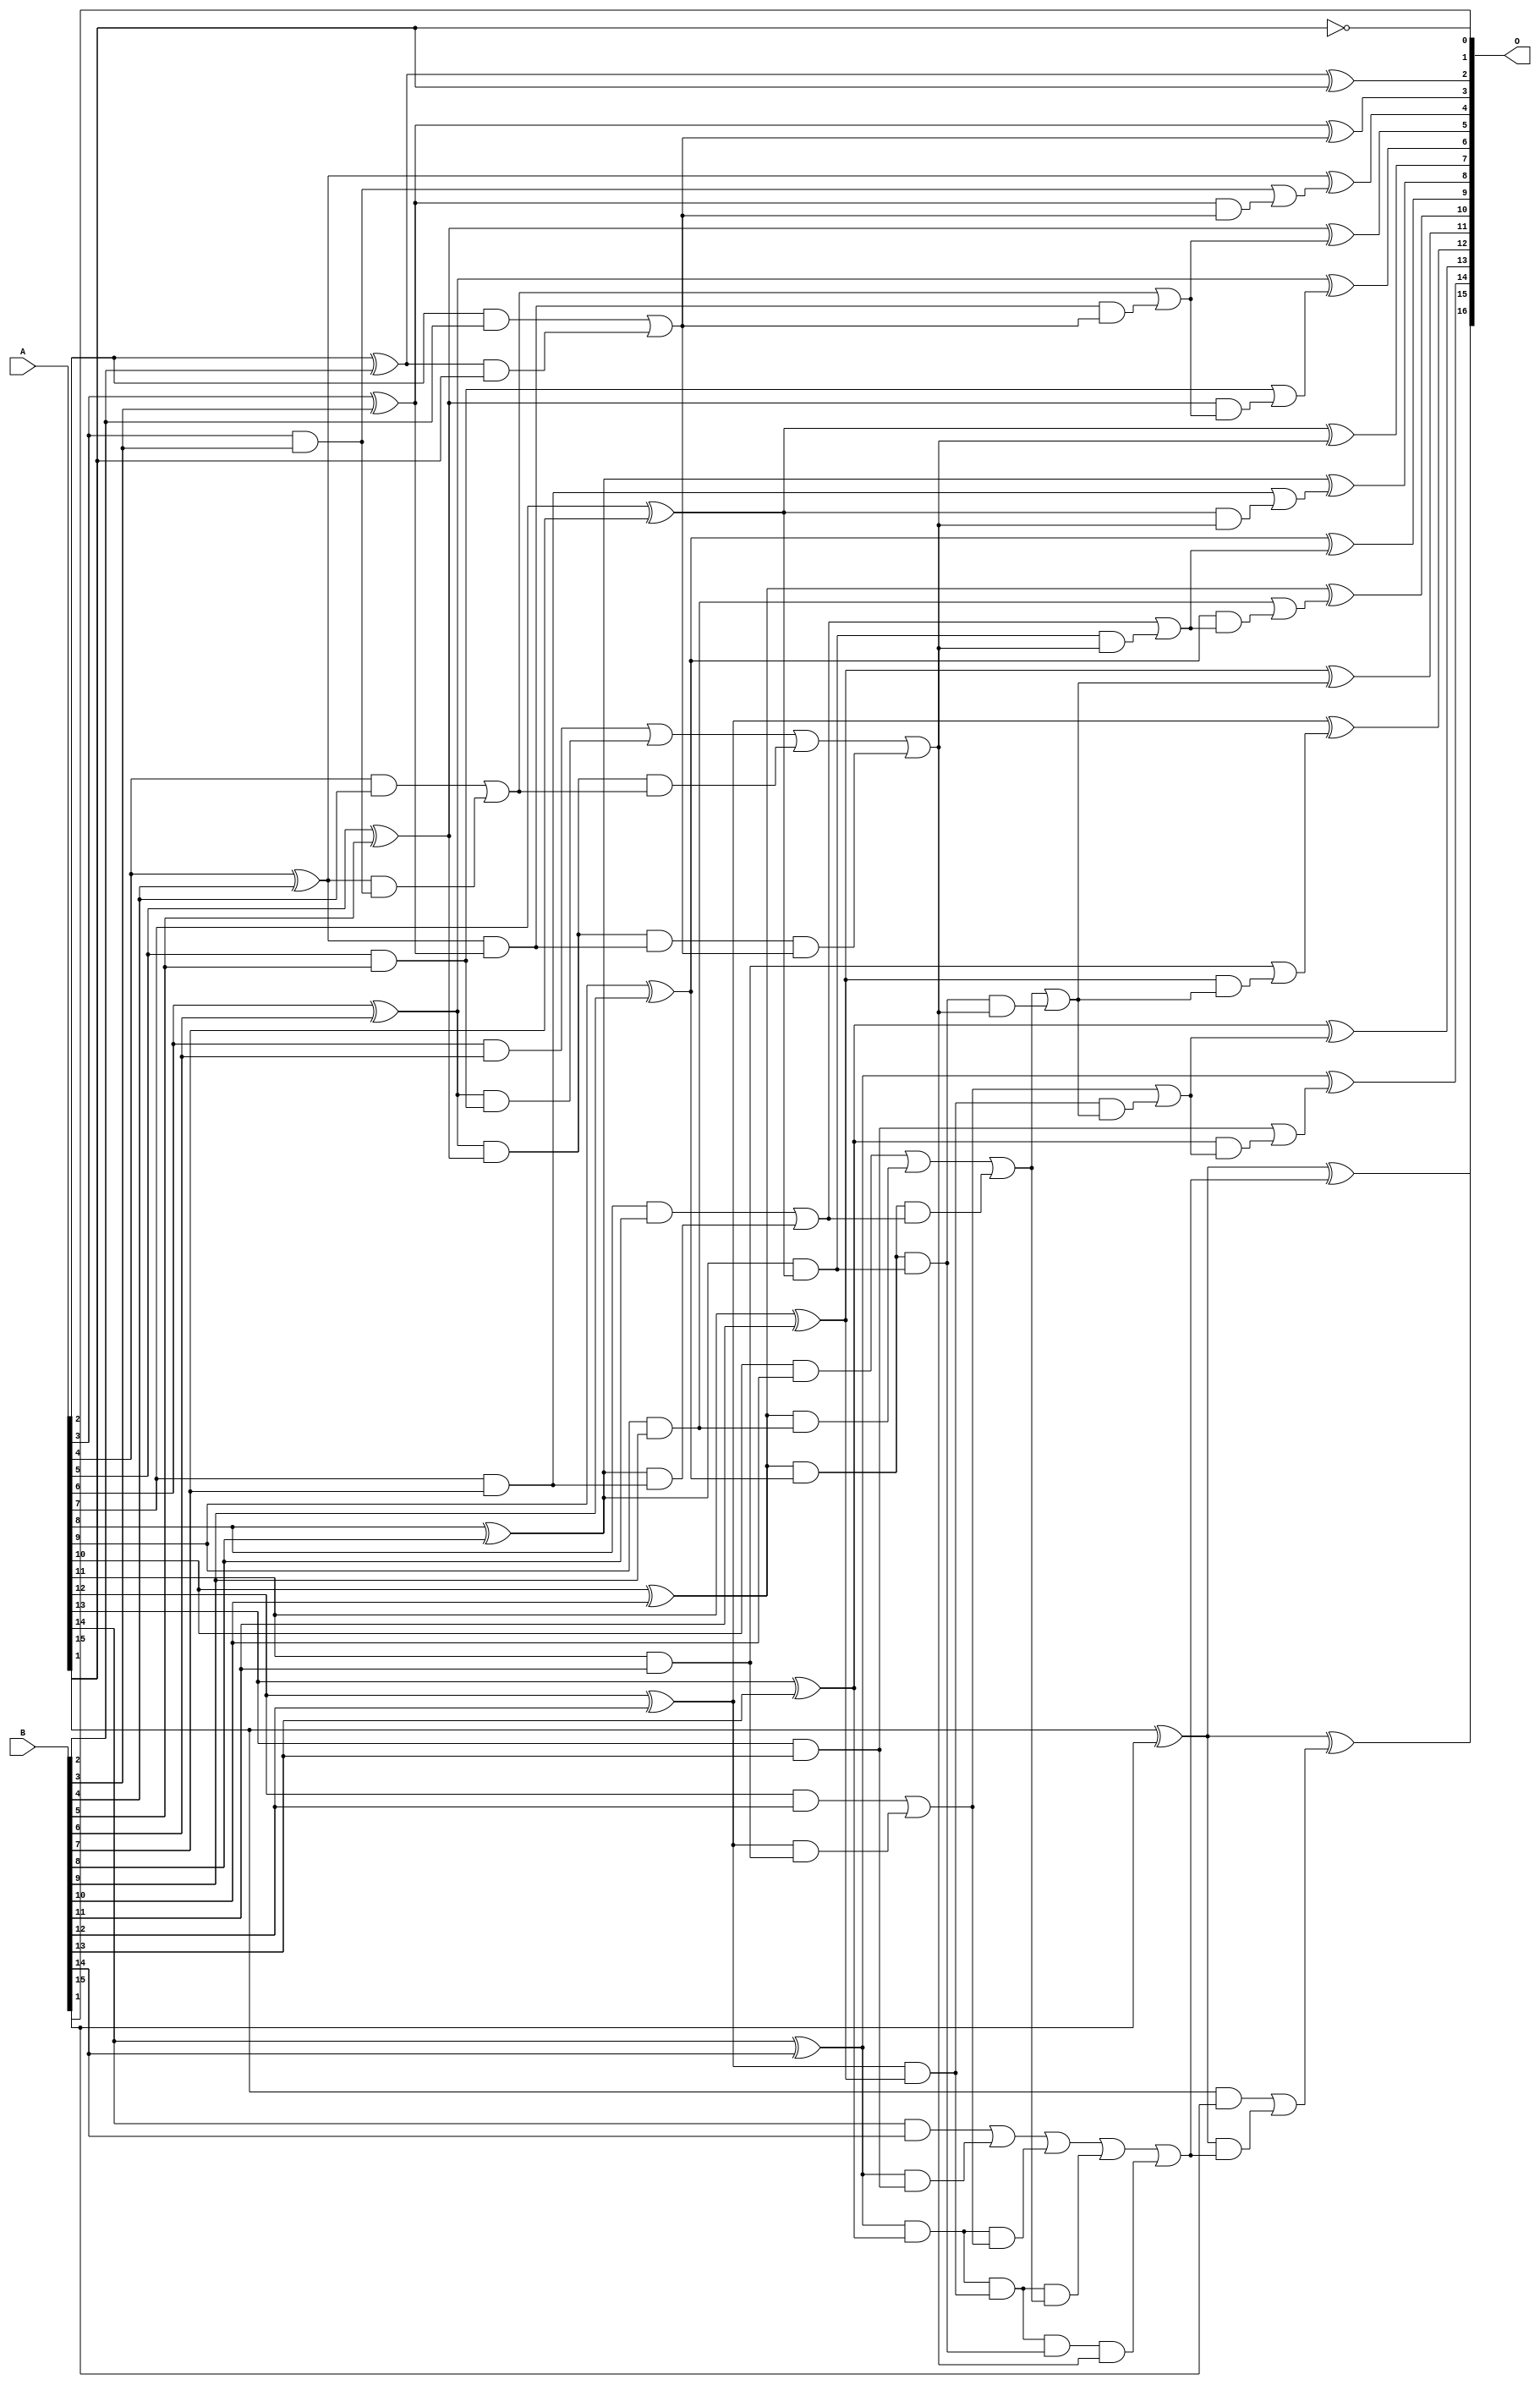
/***
* This code is a part of EvoApproxLib library (ehw.fit.vutbr.cz/approxlib) distributed under The MIT License.
* When used, please cite the following article(s): V. Mrazek, L. Sekanina, Z. Vasicek "Libraries of Approximate Circuits: Automated Design and Application in CNN Accelerators" IEEE Journal on Emerging and Selected Topics in Circuits and Systems, Vol 10, No 4, 2020 
* This file contains a circuit from a sub-set of pareto optimal circuits with respect to the pwr and ep parameters
***/
// MAE% = 0.0012 %
// MAE = 0.8 
// WCE% = 0.0031 %
// WCE = 2.0 
// WCRE% = 100.00 %
// EP% = 62.50 %
// MRE% = 0.024 %
// MSE = 1.0 
// PDK45_PWR = 0.066 mW
// PDK45_AREA = 130.5 um2
// PDK45_DELAY = 1.17 ns

module add16se_2KV (
    A,
    B,
    O
);

input [15:0] A;
input [15:0] B;
output [16:0] O;

wire sig_35,sig_36,sig_37,sig_38,sig_39,sig_40,sig_41,sig_42,sig_43,sig_44,sig_45,sig_46,sig_47,sig_48,sig_49,sig_50,sig_51,sig_52,sig_53,sig_54;
wire sig_55,sig_56,sig_57,sig_58,sig_59,sig_60,sig_61,sig_62,sig_63,sig_64,sig_65,sig_67,sig_68,sig_69,sig_70,sig_71,sig_72,sig_73,sig_74,sig_75;
wire sig_76,sig_77,sig_78,sig_79,sig_80,sig_81,sig_82,sig_83,sig_84,sig_85,sig_88,sig_89,sig_90,sig_91,sig_92,sig_93,sig_94,sig_95,sig_96,sig_97;
wire sig_98,sig_99,sig_100,sig_101,sig_102,sig_103,sig_104,sig_105,sig_106,sig_107,sig_108,sig_109,sig_110,sig_111,sig_114,sig_115,sig_116,sig_117,sig_118,sig_119;
wire sig_120,sig_121,sig_122,sig_123,sig_124,sig_125,sig_126,sig_127,sig_129,sig_130,sig_131,sig_132,sig_133,sig_134,sig_135,sig_136,sig_137,sig_138,sig_139,sig_140;
wire sig_141,sig_142,sig_143;

assign sig_35 = ~A[1];
assign sig_36 = A[2] & B[2];
assign sig_37 = A[2] ^ B[2];
assign sig_38 = A[3] & B[3];
assign sig_39 = A[3] ^ B[3];
assign sig_40 = A[4] & B[4];
assign sig_41 = A[4] ^ B[4];
assign sig_42 = A[5] & B[5];
assign sig_43 = A[5] ^ B[5];
assign sig_44 = A[6] & B[6];
assign sig_45 = A[6] ^ B[6];
assign sig_46 = A[7] & B[7];
assign sig_47 = A[7] ^ B[7];
assign sig_48 = A[8] & B[8];
assign sig_49 = A[8] ^ B[8];
assign sig_50 = A[9] & B[9];
assign sig_51 = A[9] ^ B[9];
assign sig_52 = A[10] & B[10];
assign sig_53 = A[10] ^ B[10];
assign sig_54 = A[11] & B[11];
assign sig_55 = A[11] ^ B[11];
assign sig_56 = A[12] & B[12];
assign sig_57 = A[12] ^ B[12];
assign sig_58 = A[13] & B[13];
assign sig_59 = A[13] ^ B[13];
assign sig_60 = A[14] & B[14];
assign sig_61 = A[14] ^ B[14];
assign sig_62 = A[15] & B[15];
assign sig_63 = A[15] ^ B[15];
assign sig_64 = A[15] ^ B[15];
assign sig_65 = sig_37 & A[1];
assign sig_67 = sig_36 | sig_65;
assign sig_68 = sig_41 & sig_38;
assign sig_69 = sig_41 & sig_39;
assign sig_70 = sig_40 | sig_68;
assign sig_71 = sig_45 & sig_42;
assign sig_72 = sig_45 & sig_43;
assign sig_73 = sig_44 | sig_71;
assign sig_74 = sig_49 & sig_46;
assign sig_75 = sig_49 & sig_47;
assign sig_76 = sig_48 | sig_74;
assign sig_77 = sig_53 & sig_50;
assign sig_78 = sig_53 & sig_51;
assign sig_79 = sig_52 | sig_77;
assign sig_80 = sig_57 & sig_54;
assign sig_81 = sig_57 & sig_55;
assign sig_82 = sig_56 | sig_80;
assign sig_83 = sig_61 & sig_58;
assign sig_84 = sig_61 & sig_59;
assign sig_85 = sig_60 | sig_83;
assign sig_88 = sig_72 & sig_70;
assign sig_89 = sig_72 & sig_69;
assign sig_90 = sig_73 | sig_88;
assign sig_91 = sig_78 & sig_76;
assign sig_92 = sig_78 & sig_75;
assign sig_93 = sig_79 | sig_91;
assign sig_94 = sig_84 & sig_82;
assign sig_95 = sig_84 & sig_81;
assign sig_96 = sig_85 | sig_94;
assign sig_97 = sig_89 & sig_67;
assign sig_98 = sig_90 | sig_97;
assign sig_99 = sig_95 & sig_93;
assign sig_100 = sig_95 & sig_92;
assign sig_101 = sig_96 | sig_99;
assign sig_102 = sig_100 & sig_98;
assign sig_103 = sig_101 | sig_102;
assign sig_104 = sig_92 & sig_98;
assign sig_105 = sig_93 | sig_104;
assign sig_106 = sig_69 & sig_67;
assign sig_107 = sig_70 | sig_106;
assign sig_108 = sig_75 & sig_98;
assign sig_109 = sig_76 | sig_108;
assign sig_110 = sig_81 & sig_105;
assign sig_111 = sig_82 | sig_110;
assign sig_114 = sig_39 & sig_67;
assign sig_115 = sig_38 | sig_114;
assign sig_116 = sig_43 & sig_107;
assign sig_117 = sig_42 | sig_116;
assign sig_118 = sig_47 & sig_98;
assign sig_119 = sig_46 | sig_118;
assign sig_120 = sig_51 & sig_109;
assign sig_121 = sig_50 | sig_120;
assign sig_122 = sig_55 & sig_105;
assign sig_123 = sig_54 | sig_122;
assign sig_124 = sig_59 & sig_111;
assign sig_125 = sig_58 | sig_124;
assign sig_126 = sig_63 & sig_103;
assign sig_127 = sig_62 | sig_126;
assign sig_129 = sig_37 ^ A[1];
assign sig_130 = sig_39 ^ sig_67;
assign sig_131 = sig_41 ^ sig_115;
assign sig_132 = sig_43 ^ sig_107;
assign sig_133 = sig_45 ^ sig_117;
assign sig_134 = sig_47 ^ sig_98;
assign sig_135 = sig_49 ^ sig_119;
assign sig_136 = sig_51 ^ sig_109;
assign sig_137 = sig_53 ^ sig_121;
assign sig_138 = sig_55 ^ sig_105;
assign sig_139 = sig_57 ^ sig_123;
assign sig_140 = sig_59 ^ sig_111;
assign sig_141 = sig_61 ^ sig_125;
assign sig_142 = sig_63 ^ sig_103;
assign sig_143 = sig_64 ^ sig_127;

assign O[16] = sig_143;
assign O[15] = sig_142;
assign O[14] = sig_141;
assign O[13] = sig_140;
assign O[12] = sig_139;
assign O[11] = sig_138;
assign O[10] = sig_137;
assign O[9] = sig_136;
assign O[8] = sig_135;
assign O[7] = sig_134;
assign O[6] = sig_133;
assign O[5] = sig_132;
assign O[4] = sig_131;
assign O[3] = sig_130;
assign O[2] = sig_129;
assign O[1] = sig_35;
assign O[0] = B[1];

endmodule